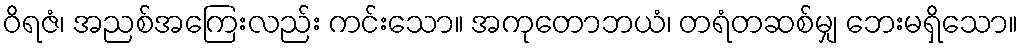
ဝိရဇံ၊ အညစ်အကြေးလည်း ကင်းသော။ အကုတောဘယံ၊ တရံတဆစ်မျှ ဘေးမရှိသော။